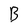
Character: B